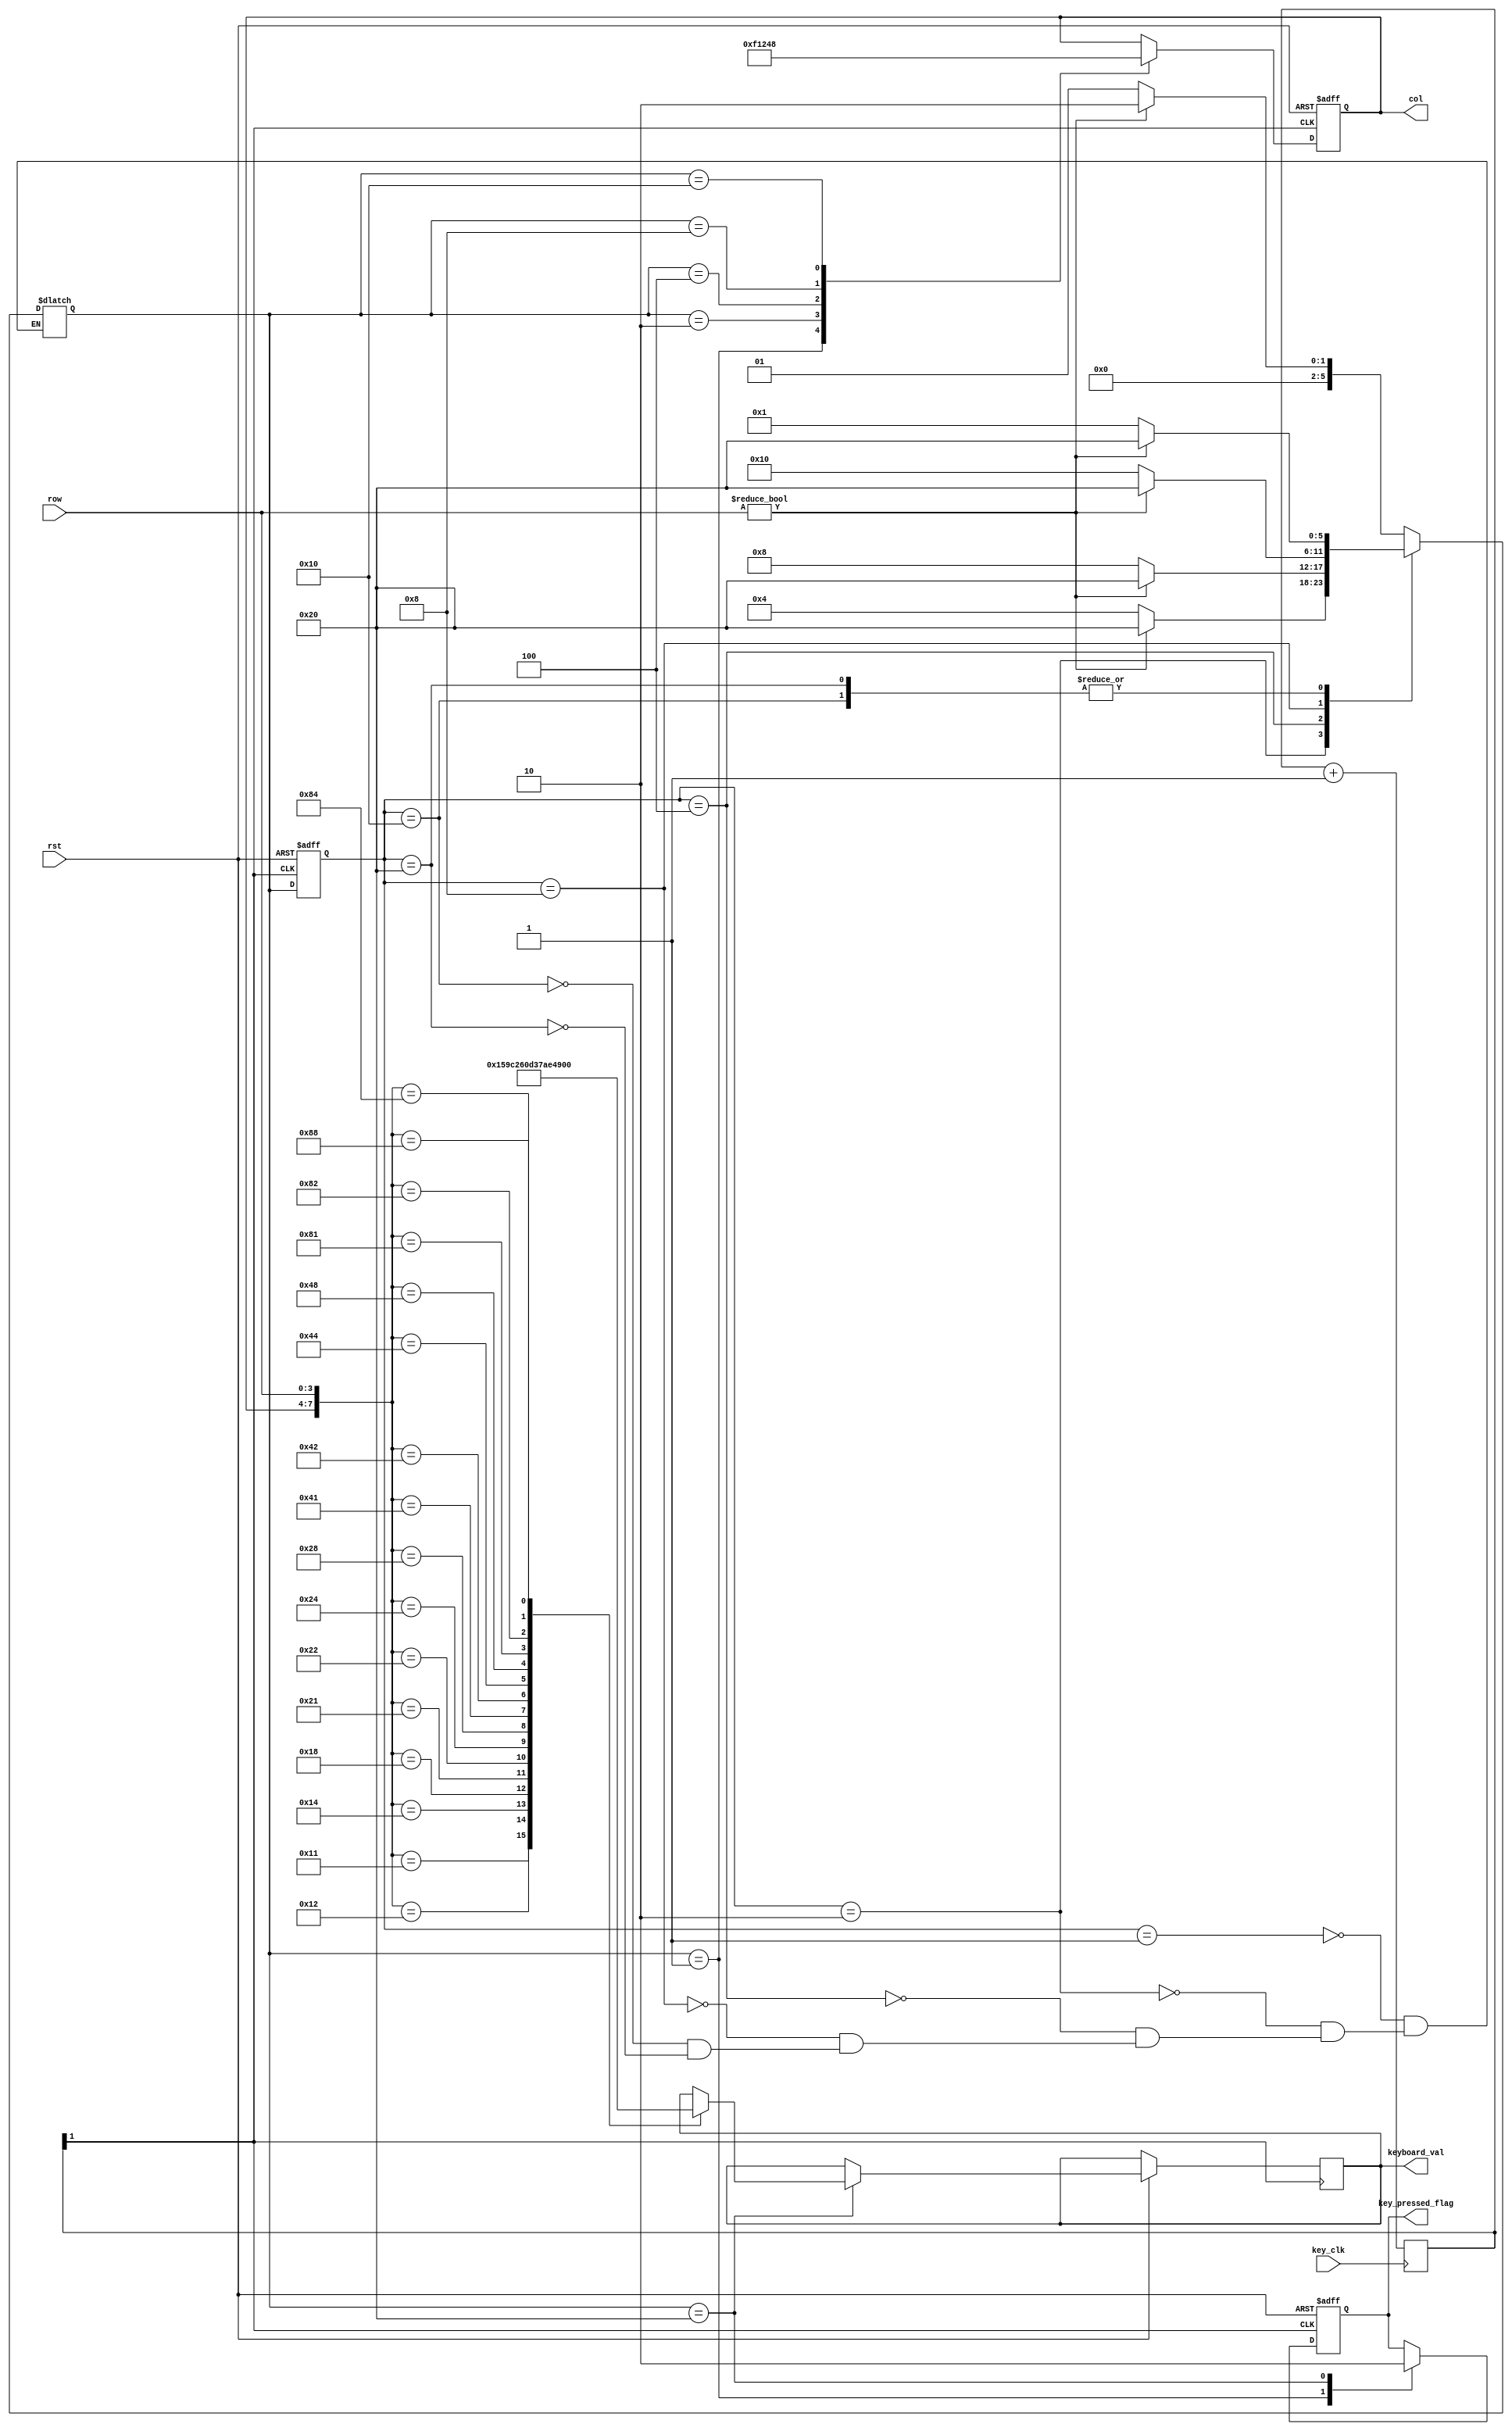
module keyboard_drive(
	input key_clk,
	input rst,
	input 	 [3:0]row,
	output reg[3:0]col,
	output reg[3:0]keyboard_val,
	output reg key_pressed_flag
);

wire clk;
reg [1:0] cnt;

always@ (posedge key_clk)
	cnt<=cnt+1'b1;

assign clk=cnt[1];


//
parameter NO_KEY_PRESSED = 6'b000_001;  //   
parameter SCAN_COL0      = 6'b000_010;  // 0 
parameter SCAN_COL1      = 6'b000_100;  // 1 
parameter SCAN_COL2      = 6'b001_000;  // 2 
parameter SCAN_COL3      = 6'b010_000;  // 3 
parameter KEY_PRESSED    = 6'b100_000;  // 

reg [5:0] current_state,next_state;

always @ (posedge clk, negedge rst)
  if (!rst)
    current_state <= NO_KEY_PRESSED;
  else
    current_state <= next_state;

always @ *
  case (current_state)
    NO_KEY_PRESSED :                    // 
        if (row != 4'h0)
          next_state = SCAN_COL0;
        else
          next_state = NO_KEY_PRESSED;
    SCAN_COL0 :                         // 0 
        if (row != 4'h0)
          next_state = KEY_PRESSED;
        else
          next_state = SCAN_COL1;
    SCAN_COL1 :                         // 1 
        if (row != 4'h0)
          next_state = KEY_PRESSED;
        else
          next_state = SCAN_COL2;    
    SCAN_COL2 :                         // 2
        if (row != 4'h0)
          next_state = KEY_PRESSED;
        else
          next_state = SCAN_COL3;
    SCAN_COL3 :                         // 3
        if (row != 4'h0)
          next_state = KEY_PRESSED;
        else
          next_state = NO_KEY_PRESSED;
    KEY_PRESSED :                       // 
        if (row != 4'h0)
          next_state = KEY_PRESSED;
        else
          next_state = NO_KEY_PRESSED;                      
  endcase
  
  reg [3:0] col_val,row_val;
  
  always@(posedge clk or negedge rst)
  begin
		if(!rst)
		begin
			col<=4'hF;
			key_pressed_flag<= 1;
		end
		else 
			case(next_state)
				NO_KEY_PRESSED:
				begin
					col<=4'hF;
					key_pressed_flag<=1;
				end
				SCAN_COL0 :                       // 0
					col <= 4'b0001;
				SCAN_COL1 :                       // 1
					col <= 4'b0010;
				SCAN_COL2 :                       // 2
					col <= 4'b0100;
				SCAN_COL3 :                       // 3
					col <= 4'b1000;
				KEY_PRESSED :                     // 
				begin
					col_val          = col;        // 
					row_val          = row;        // 
					key_pressed_flag = 0;          //   
					case ({col_val, row_val})
						8'b0001_0001 : keyboard_val <= 4'h1;
						8'b0001_0010 : keyboard_val <= 4'h5;
						8'b0001_0100 : keyboard_val <= 4'h9;
						8'b0001_1000 : keyboard_val <= 4'hC;
         
						8'b0010_0001 : keyboard_val <= 4'h2;
						8'b0010_0010 : keyboard_val <= 4'h6;
						8'b0010_0100 : keyboard_val <= 4'h0;
						8'b0010_1000 : keyboard_val <= 4'hD;
         
						8'b0100_0001 : keyboard_val <= 4'h3;
						8'b0100_0010 : keyboard_val <= 4'h7;
						8'b0100_0100 : keyboard_val <= 4'hA;
						8'b0100_1000 : keyboard_val <= 4'hE;
         
						8'b1000_0001 : keyboard_val <= 4'h4; 
						8'b1000_0010 : keyboard_val <= 4'h8;
						8'b1000_0100 : keyboard_val <= 4'hB;
						8'b1000_1000 : keyboard_val <= 4'hF;        
					endcase
				end
			endcase
	end		
  endmodule